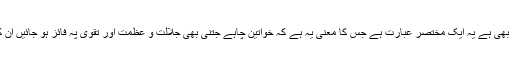
جناب فاطمہ زہراء سلام اللہ علیھا کا ایک عنوان سیدہ نساء العالمین (س) بھی ہے یہ ایک مختصر عبارت ہے جس کا معنی یہ ہے کہ خواتین چاہے جتنی بھی جلالت و عظمت اور تقوی پہ فائز ہو جائیں ان کی سردار بغیر کسی نزاع کے حضرت فاطمہ زہراء سلام اللہ علیھا ہے۔